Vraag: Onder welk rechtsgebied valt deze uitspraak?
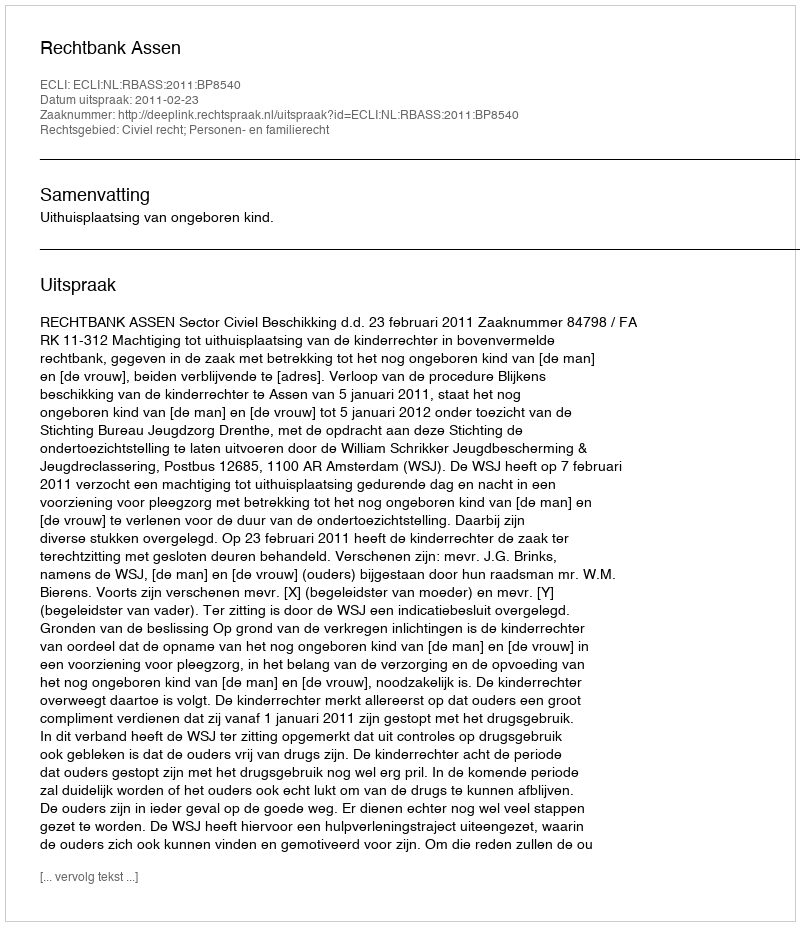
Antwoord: Civiel recht; Personen- en familierecht